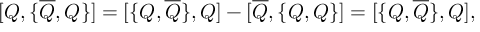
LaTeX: { [ } Q , { \{ } \overline { { { Q } } } , Q { \} } { ] } = { [ } { \{ } Q , \overline { { { Q } } } { \} } , Q { ] } - { [ } \overline { { { Q } } } , { \{ } Q , Q { \} } { ] } = { [ } { \{ } Q , \overline { { { Q } } } { \} } , Q { ] } ,